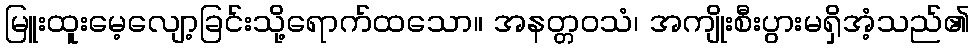
မြူးထူးမေ့လျော့ခြင်းသို့ရောက်ထသော။ အနတ္တဝသံ၊ အကျိုးစီးပွားမရှိအံ့သည်၏